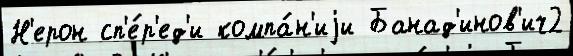
Н'ерон сп'е́р'ед'и компа́н'иjи Банад'инов'ич2